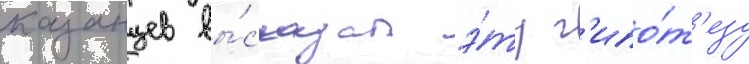
казанцев вы́сказал э́ту г'ипо́т'езу